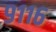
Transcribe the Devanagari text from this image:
९११६